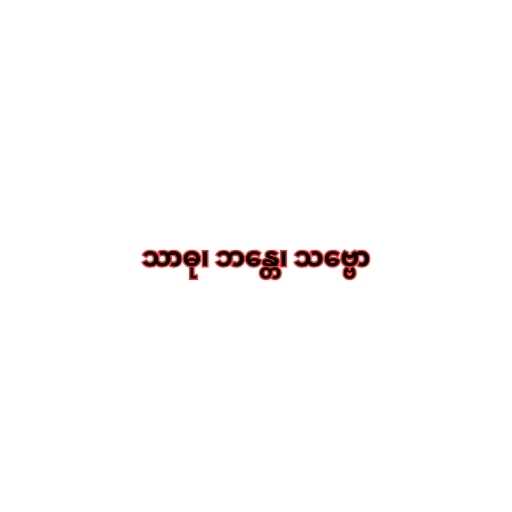
သာဓု၊ ဘန္တေ၊ သဗ္ဗော